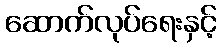
ဆောက်လုပ်ရေးနှင့်